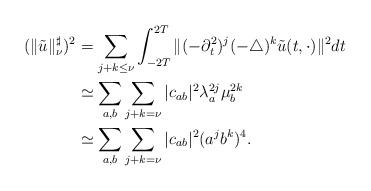
LaTeX: \begin{align*}(\|\tilde{u}\|_{\nu}^{\sharp})^2&=\sum_{j+k\leq\nu}\int_{-2T}^{2T}\|(-\partial_t^2)^{j}(-\triangle)^{k}\tilde{u}(t,\cdot)\|^2dt \\&\simeq\sum_{a,b}\sum_{j+k=\nu}|c_{ab}|^2\lambda_a^{2j}\mu_b^{2k} \\&\simeq \sum_{a,b}\sum_{j+k=\nu}|c_{ab}|^2(a^jb^k)^4.\end{align*}